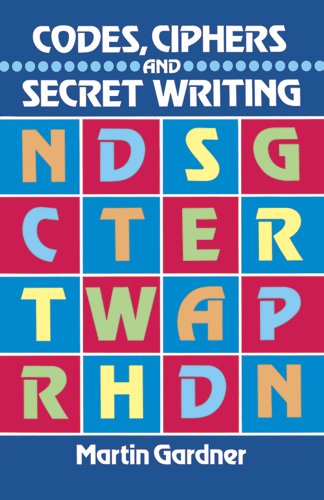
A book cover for Codes, Ciphers and Secret Writing (Dover Children's Activity Books); Martin Gardner; Humor & Entertainment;